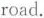
road.